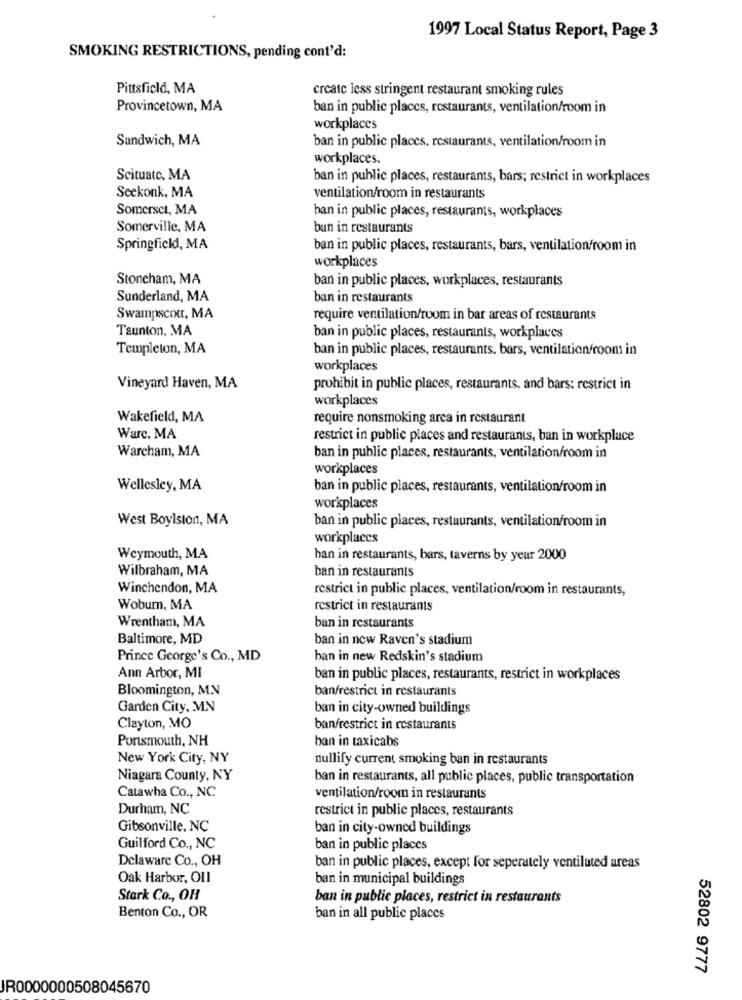
1997 Local Status Report, Page 3
SMOKING RESTRICTIONS, pending cont'd:
Pittsfield, MA
create less stringent restaurant smoking rules
Provincetown, MA
ban in public places, restaurants, ventilation/room in
workplaces
Sandwich, MA
ban in public places, restaurants, ventilation/room in
workplaces.
Scituate, MA
ban in public places, restaurants, bars; restrict in workplaces
Seekonk, MA
ventilation/room in restaurants
Somerset, MA
han in public places, restaurants, workplaces
Somerville, MA
bun in restaurants
Springfield, MA
ban in public places, restaurants, bars, ventilation/room in
workplaces
Stoneham, MA
ban in public places, workplaces, restaurants
Sunderland, MA
ban in restaurants
Swampscou, MA
require ventilation/room in bar areas of restaurants
Taunton, MA
ban in public places, restaurants, workplaces
Templeton, MA
ban in public places, restaurants, bars, ventilation/room in
workplaces
Vineyard Haven, MA
prohibit in public places, restaurants, and bars: restrict in
workplaces
Wakefield, MA
require nonsmoking area in restaurant
Warc, MA
restrict in public places and restaurants, ban in workplace
Warcham, MA
ban in public places, restaurants, ventilation/room in
workplaces
Wellesley, MA
ban in public places, restaurants, ventilation/room in
workplaces
West Boylston, MA
ban in public places, restaurants, ventilation/room in
workplaces
Weymouth, MA
han in restaurants, bars, taverns by year 2000
Wilbraham, MA
ban in restaurants
Winchendon, MA
restrict in public places, ventilation/room in restaurants,
Woburn, MA
restrict in restaurants
Wrentham, MA
ban in restaurants
Baltimore, MD
ban in new Raven's stadium
Prince George's Co ., MD
han in new Redskin's stadium
Ann Arbor, MI
ban in public places, restaurants, restrict in workplaces
Bloomington, M.N
ban/restrict in restaurants
Garden City, MN
ban in city-owned buildings
Clayton, MO
ban/restrict in restaurants
Portsmouth, NH
ban in taxicabs
New York City, NY
nullify current smoking ban in restaurants
Niagara County, NY
ban in restaurants, all public places, public transportation
Catawha Co ., NC
ventilation/room in restaurants
Durham, NC
restrict in public places, restaurants
Gibsonville, NC
ban in city-owned buildings
Guilford Co ., NC
ban in public places
Delaware Co ., OH
ban in public places, except for seperately ventilated areas
Oak Harbor, OLI
ban in municipal buildings
Stark Co ., OH
ban in public places, restrict in restaurants
Benton Co ., OR
ban in all public places
52802 9777
JR0000000508045670